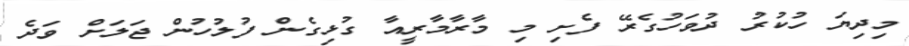
މިދިޔަ ހުކުރު ދުވަހުގެރޭ ފެށި މި މާރާމާރީއާ ގުޅިގެން ފުލުހުން ޖަލަށް ވަދެ